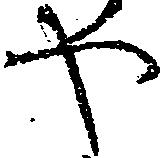
や